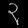
Digit: ၃